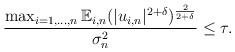
LaTeX: \begin{align*}\frac{\max_{i = 1, \hdots, n} \mathbb{E}_{i,n} (|u_{i,n}|^{2+\delta})^{\frac{2}{2+\delta}}}{\sigma_n^2} \leq \tau.\end{align*}